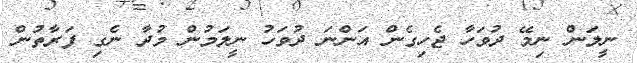
ނީލަން ނިމޭ ދުވަހާ ޖެހިގެން އަންނަ ދުވަހު ނީލަމުން މުދާ ނެގި ފަރާތުން